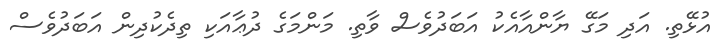
އުޅޭތި. އަދި މަގޭ ޔާންއާއެކު އަބަދުވެސް ވާތި. މަންމަގެ ދުޢާއަކި ތިދެކުދިން އަބަދުވެސް